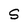
Character: S